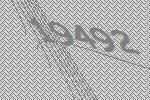
19492